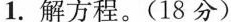
1.解方程.(18 分)